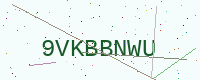
Text: 9VKBBNWU